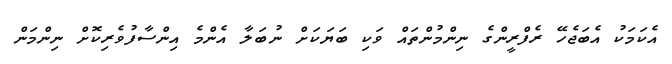
އެކަމަކު އެބަޖެހޭ ރެފްރީންގެ ނިންމުންތައް ވަކި ބަޔަކަށް ނުބަލާ އެންމެ އިންސާފުވެރިކޮށް ނިންމަން